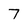
Character: 7